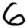
Digit: 6